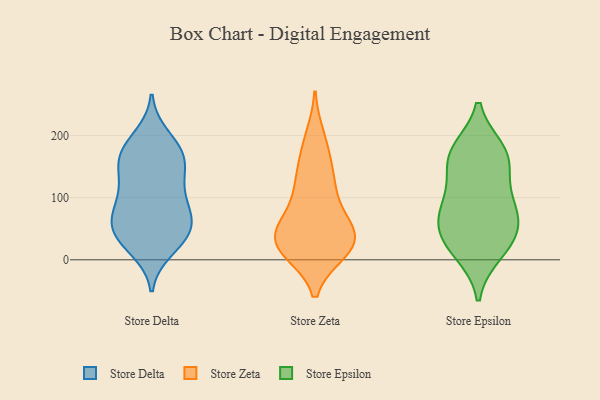
{"axis": {"x": "Demand Index", "y": "Value"}, "legend": ["Store Delta", "Store Epsilon", "Store Zeta"], "data": [{"x": "", "y": 126, "type": "Store Delta"}, {"x": "", "y": 80, "type": "Store Delta"}, {"x": "", "y": 39, "type": "Store Delta"}, {"x": "", "y": 163, "type": "Store Delta"}, {"x": "", "y": 17, "type": "Store Delta"}, {"x": "", "y": 56, "type": "Store Delta"}, {"x": "", "y": 97, "type": "Store Delta"}, {"x": "", "y": 58, "type": "Store Delta"}, {"x": "", "y": 167, "type": "Store Delta"}, {"x": "", "y": 185, "type": "Store Delta"}, {"x": "", "y": 27, "type": "Store Delta"}, {"x": "", "y": 38, "type": "Store Delta"}, {"x": "", "y": 45, "type": "Store Delta"}, {"x": "", "y": 198, "type": "Store Delta"}, {"x": "", "y": 166, "type": "Store Delta"}, {"x": "", "y": 82, "type": "Store Delta"}, {"x": "", "y": 119, "type": "Store Delta"}, {"x": "", "y": 139, "type": "Store Delta"}, {"x": "", "y": 165, "type": "Store Delta"}, {"x": "", "y": 75, "type": "Store Delta"}, {"x": "", "y": 134, "type": "Store Zeta"}, {"x": "", "y": 197, "type": "Store Zeta"}, {"x": "", "y": 62, "type": "Store Zeta"}, {"x": "", "y": 95, "type": "Store Zeta"}, {"x": "", "y": 56, "type": "Store Zeta"}, {"x": "", "y": 38, "type": "Store Zeta"}, {"x": "", "y": 138, "type": "Store Zeta"}, {"x": "", "y": 178, "type": "Store Zeta"}, {"x": "", "y": 29, "type": "Store Zeta"}, {"x": "", "y": 15, "type": "Store Zeta"}, {"x": "", "y": 41, "type": "Store Zeta"}, {"x": "", "y": 14, "type": "Store Zeta"}, {"x": "", "y": 25, "type": "Store Zeta"}, {"x": "", "y": 38, "type": "Store Zeta"}, {"x": "", "y": 14, "type": "Store Zeta"}, {"x": "", "y": 113, "type": "Store Zeta"}, {"x": "", "y": 159, "type": "Store Epsilon"}, {"x": "", "y": 59, "type": "Store Epsilon"}, {"x": "", "y": 169, "type": "Store Epsilon"}, {"x": "", "y": 25, "type": "Store Epsilon"}, {"x": "", "y": 175, "type": "Store Epsilon"}, {"x": "", "y": 58, "type": "Store Epsilon"}, {"x": "", "y": 32, "type": "Store Epsilon"}, {"x": "", "y": 12, "type": "Store Epsilon"}, {"x": "", "y": 105, "type": "Store Epsilon"}, {"x": "", "y": 76, "type": "Store Epsilon"}, {"x": "", "y": 94, "type": "Store Epsilon"}, {"x": "", "y": 164, "type": "Store Epsilon"}]}